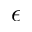
\epsilon